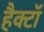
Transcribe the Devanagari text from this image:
हैक्टॉ